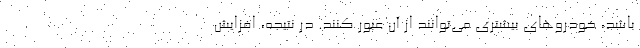
باشد، خودروهای بیشتری می‌توانند از آن عبور کنند. در نتیجه، افزایش